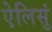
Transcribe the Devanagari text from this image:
ऐलिसुं